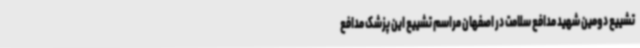
تشییع دومین شهید مدافع سلامت در اصفهان مراسم تشییع این پزشک مدافع